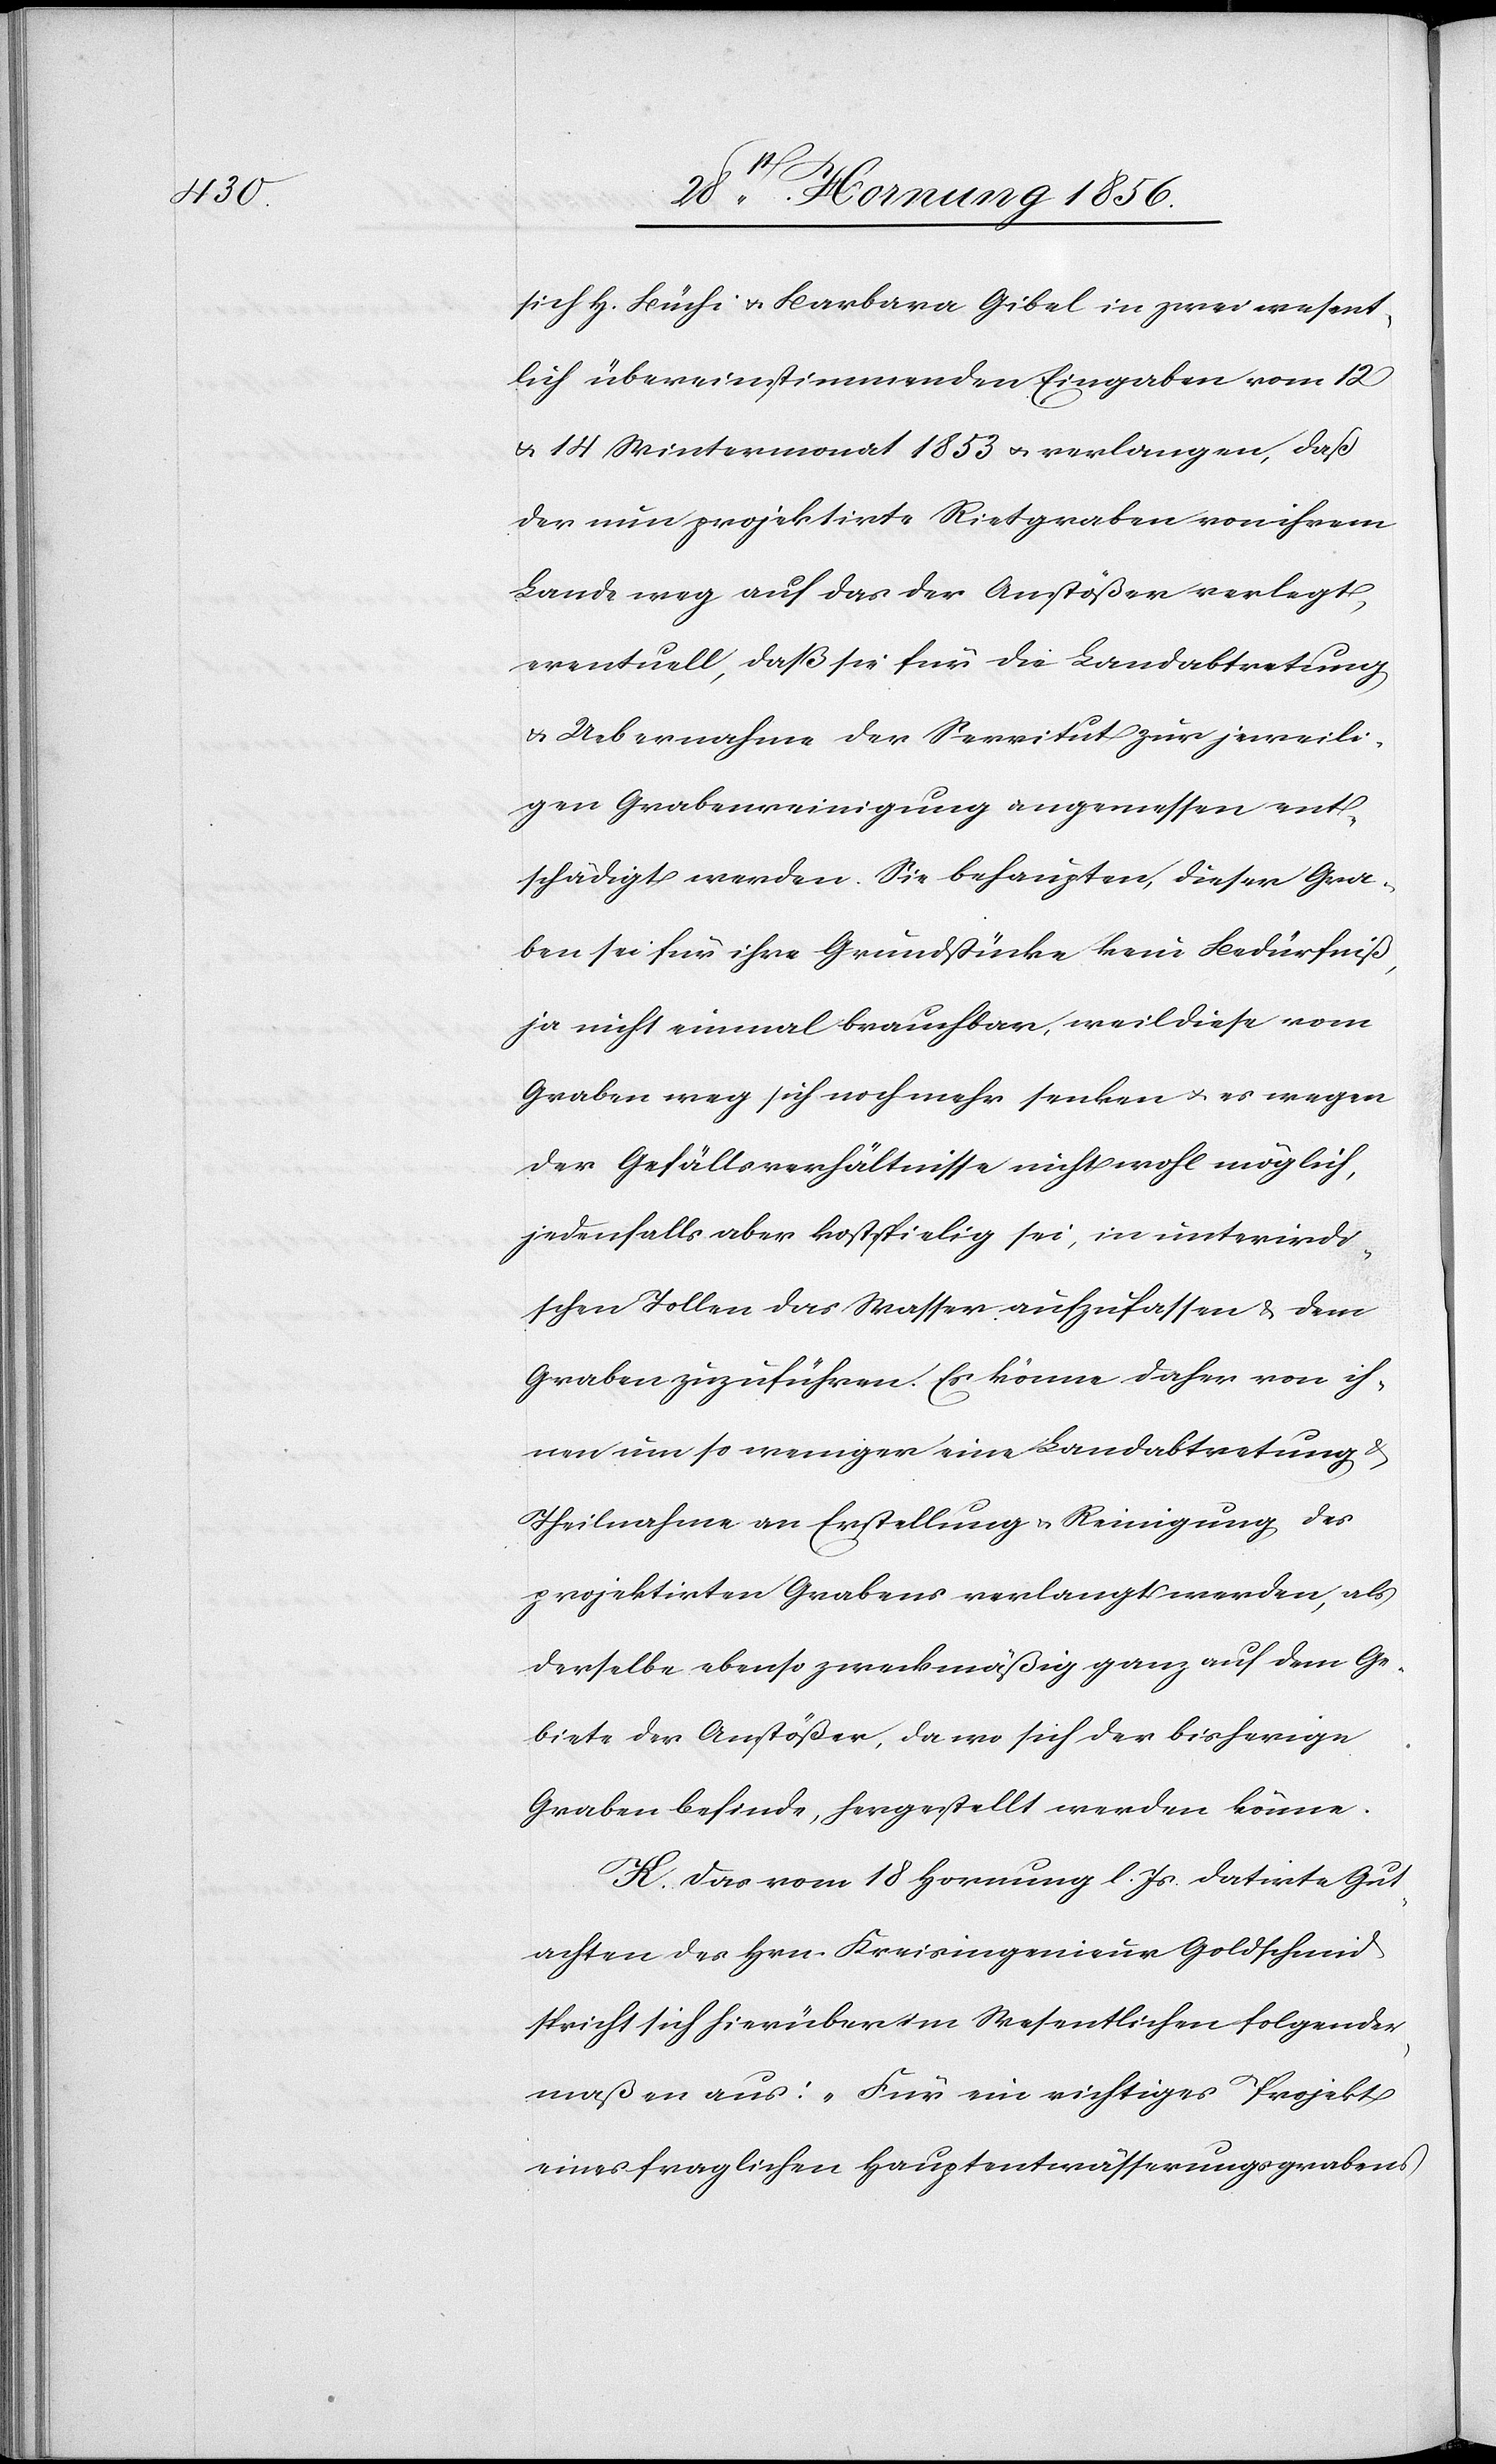
sich H. Büchi u. Barbara Gibel in zwei wesent¬
lich übereinstimmenden Eingaben vom 12
u. 14 Wintermonat 1853 u. verlangen, daß
der nun projektirte Rietgraben von ihrem
Lande weg auf das der Anstößer verlegt,
eventuell, daß sie für die Landabtretung
u. Uebernahme der Servitut zur jeweili¬
gen Grabenreinigung angemessen ent¬
schädigt werden. Sie behaupten, dieser Gra¬
ben sei für ihre Grundstücke kein Bedürfniß,
ja nicht einmal brauchbar, weil diese vom
Graben weg sich nochmehr senken u. es wegen
der Gefällsverhältnisse nicht wohl möglich,
jedenfalls aber kostspielig sei, in unterirdi¬
schen Tollen das Wasser aufzufassen & dem
Graben zuzuführen. Es könne daher von ih¬
nen um so weniger eine Landabtretung
Theilnahme an Erstellung u. Reinigung des
projektirten Grabens verlangt werden, als
derselbe ebenso zweckmäßig ganz auf dem Ge¬
biete der Anstößer, da wo sich der bisherige
Graben befinde, hergestellt werden könne.
K. Das vom 18 Hornung l. Js. datirte Gut¬
achten des Hrn. Kreisingenieur Goldschmid
spricht sich hierüber im Wesentlichen folgender¬
maßen aus: „Für ein richtiges Projekt
eines fraglichen Hauptentwässerungsgrabens